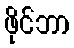
ဖိုင်ဘာ